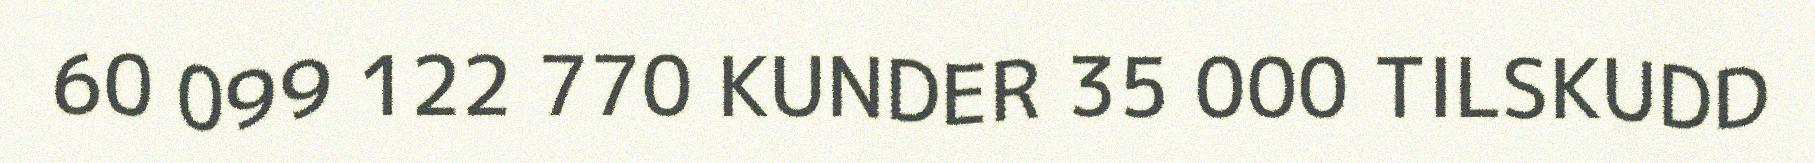
60 099 122 770 KUNDER 35 000 TILSKUDD